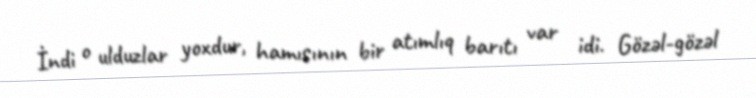
İndi o ulduzlar yoxdur, hamısının bir atımlıq barıtı var idi. Gözəl-gözəl